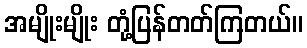
အမျိုးမျိုး တုံ့ပြန်တတ်ကြတယ်။